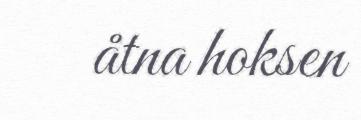
åtna hoksen